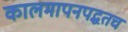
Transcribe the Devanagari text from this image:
कालमापनपद्धतच